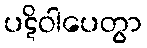
ပဋိဝါပေတွာ